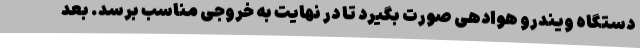
دستگاه ویندرو هوادهی صورت بگیرد تا در نهایت به خروجی مناسب برسد. بعد